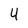
Character: 4